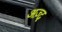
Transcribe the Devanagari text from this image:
अज़्द